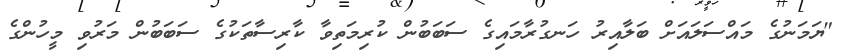
"ޔަމަނުގެ މައްސަލައަށް ބަލާއިރު ހަނގުރާމައިގެ ސަބަބުން ކުރިމަތިވާ ކާރިސާތަކުގެ ސަބަބުން މަރުވި މީހުންގެ